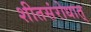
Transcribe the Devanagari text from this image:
शीतसंरोधात्